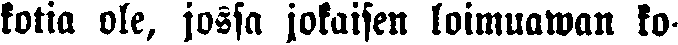
kotia ole, jossa jokaisen loimuawan ko-